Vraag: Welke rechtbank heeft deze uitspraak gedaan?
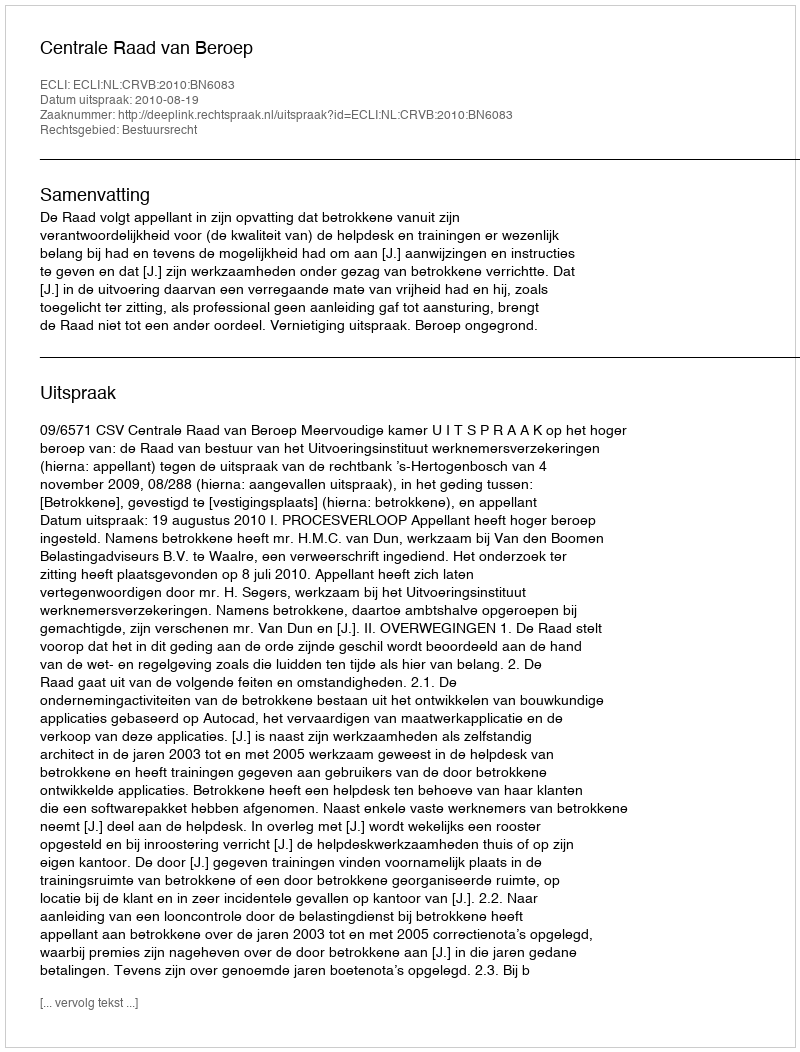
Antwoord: Centrale Raad van Beroep